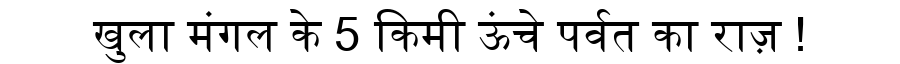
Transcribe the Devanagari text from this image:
खुला मंगल के 5 किमी ऊंचे पर्वत का राज़ !